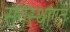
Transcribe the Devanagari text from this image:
सनस्थागत